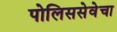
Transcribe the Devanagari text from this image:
पोलिससेवेचा